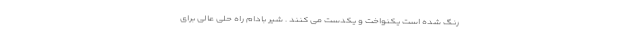
رنگ شده است یکنواخت و یکدست می کنند . شیر بادام راه حلی عالی برای